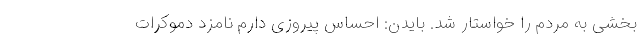
بخشی به مردم را خواستار شد. بایدن: احساس پیروزی دارم نامزد دموکرات